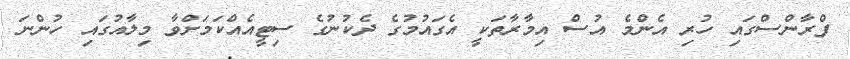
ފްރާންސްގައި ހުރި އެންމެ އުސް އިމާރާތަކީ އެގައުމުގެ ދެކުނުގެ ސިޓީއެއްކަމަށްވާ މިލާއުގައި ހުންނަ